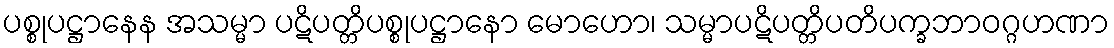
ပစ္စုပဋ္ဌာနေန အသမ္မာ ပဋိပတ္တိပစ္စုပဋ္ဌာနော မောဟော၊ သမ္မာပဋိပတ္တိပတိပက္ခဘာဝဂ္ဂဟဏာ